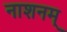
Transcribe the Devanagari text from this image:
नाशनम्‌